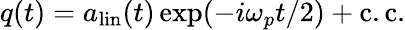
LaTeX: q(t)=a_{\mathrm{lin}}(t)\exp(-i\omega_{p}t/2)+\mathrm{c.c.}